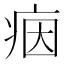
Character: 𤶑